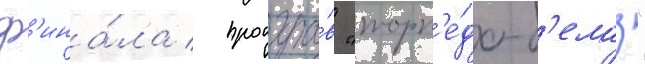
ф'ина́ла / проигра́в "торп'е́до-б'елаз"